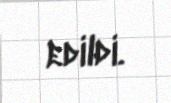
edildi.